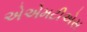
એએમટીએસ